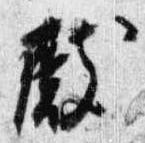
殿